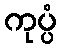
ကုပ္ပံ